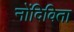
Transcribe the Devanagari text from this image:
नोंदिविता